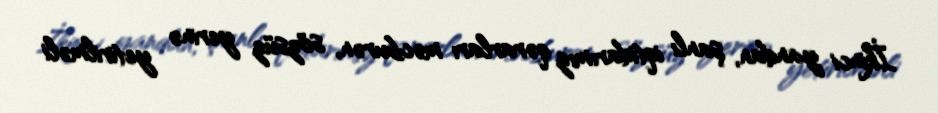
İkinci yandan, şanlı iqtidarımız qərarları məcburən, sözsüz yerinə yetirilməli